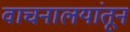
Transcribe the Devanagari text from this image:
वाचनालयांतून